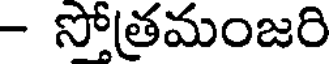
- సోత్రమంజరి